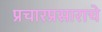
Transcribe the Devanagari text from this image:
प्रचारप्रसाराचे